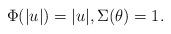
LaTeX: \begin{align*}\label[Ieq]{eq:hardsphereB}\Phi(|u|)=|u|,\Sigma(\theta)=1.\end{align*}